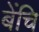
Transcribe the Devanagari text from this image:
बेंचि